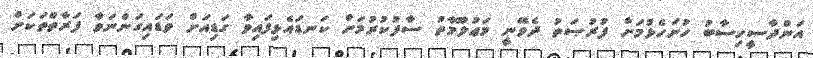
އަންދާސީހިސާބު ހުށަހެޅުމަށް ފުރުޞަތު ދެވޭނީ މަޢުލޫމާތު ސާފުކުރުމަށް ކަނޑައެޅިފައިވާ ގަޑިއަށް ވަޑައިގަންނަވާ ފަރާތްތަކަށް